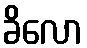
ခိလော